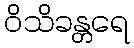
ဝိသိခန္တရေ